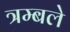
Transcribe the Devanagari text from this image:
त्रम्बले